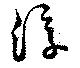
淳